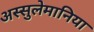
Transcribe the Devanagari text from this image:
अस्सुलेमानिया